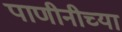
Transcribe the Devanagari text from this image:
पाणीनीच्या